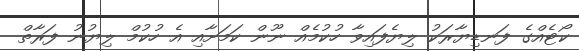
ކޯޓެއްގެ ފަނޑިޔާރަކު ލިޔެފައިވާ ހުކުމެއް ނޫން ކަމަށާއި އެ ހުކުމް ލިޔުނު ފަރާތް